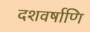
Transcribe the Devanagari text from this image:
दशवर्षाणि